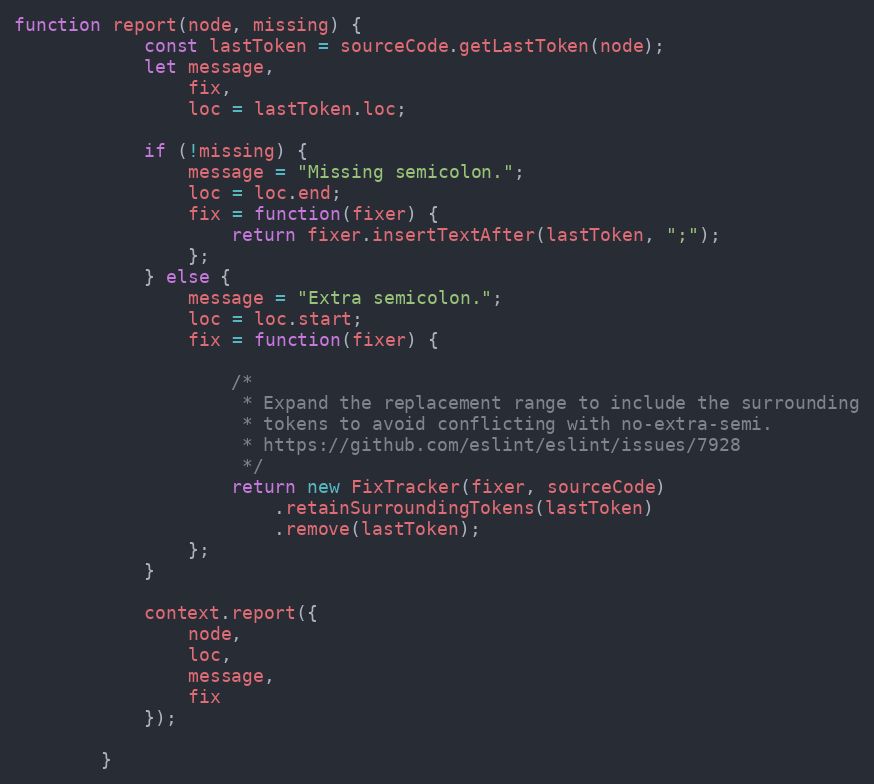
Language: JavaScript
function report(node, missing) {
            const lastToken = sourceCode.getLastToken(node);
            let message,
                fix,
                loc = lastToken.loc;

            if (!missing) {
                message = "Missing semicolon.";
                loc = loc.end;
                fix = function(fixer) {
                    return fixer.insertTextAfter(lastToken, ";");
                };
            } else {
                message = "Extra semicolon.";
                loc = loc.start;
                fix = function(fixer) {

                    /*
                     * Expand the replacement range to include the surrounding
                     * tokens to avoid conflicting with no-extra-semi.
                     * https://github.com/eslint/eslint/issues/7928
                     */
                    return new FixTracker(fixer, sourceCode)
                        .retainSurroundingTokens(lastToken)
                        .remove(lastToken);
                };
            }

            context.report({
                node,
                loc,
                message,
                fix
            });

        }